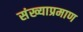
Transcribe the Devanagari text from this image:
संख्याप्रमाण